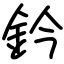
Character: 鈐